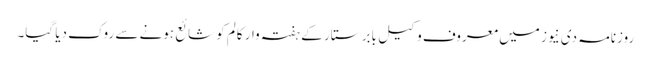
روزنامہ دی نیوز میں معروف وکیل بابر ستار کے ہفتہ وار کالم کو شائع ہونے سے روک دیا گیا۔